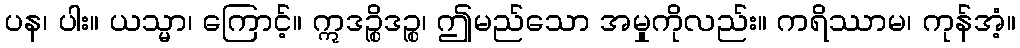
ပန၊ ပါး။ ယသ္မာ၊ ကြောင့်။ ဣဒဉ္စိဒဉ္စ၊ ဤမည်သော အမှုကိုလည်း။ ကရိဿာမ၊ ကုန်အံ့။